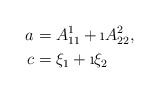
\begin{align*}a&=A^1_{11}+\i A^2_{22},\\c&=\xi_1+\i \xi_2\end{align*}